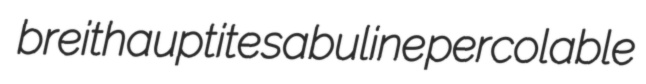
breithauptite sabuline percolable